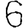
Digit: 6